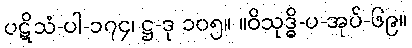
ပဋိသံ-ပါ-၁၇၄၊ ဋ္ဌ-ဒု ၁၀၅။ ။ဝိသုဒ္ဓိ-ပ-အုပ်-၆၉။